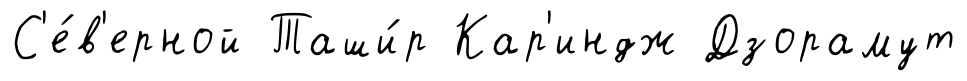
С'е́в'ерной Таши́р Кар'индж Дзорамут